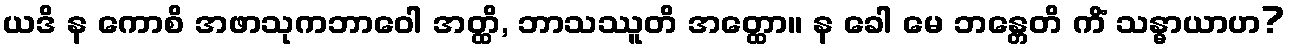
ယဒိ န ကောစိ အဖာသုကဘာဝေါ အတ္ထိ, ဘာသဿူတိ အတ္ထော။ န ခေါ မေ ဘန္တေတိ ကိံ သန္ဓာယာဟ?